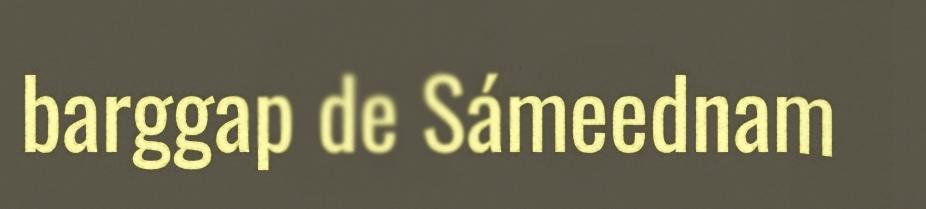
barggap de Sámeednam